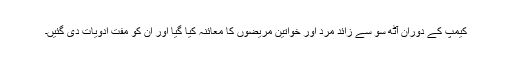
کیمپ کے دوران آٹھ سو سے زائد مرد اور خواتین مریضوں کا معائنہ کیا گیا اور ان کو مفت ادویات دی گئیں۔